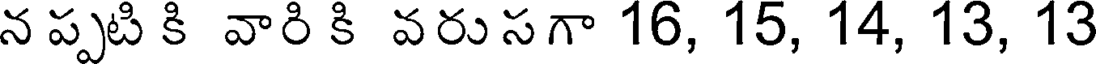
న ప్పటి కి వారి కి వరు సగా 16, 15, 14, 13, 13